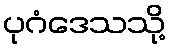
ပုဂံဒေသသို့